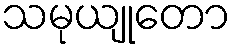
သမုယျုတော